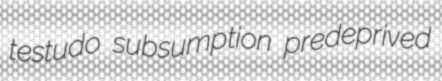
testudo subsumption predeprived